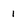
Character: i